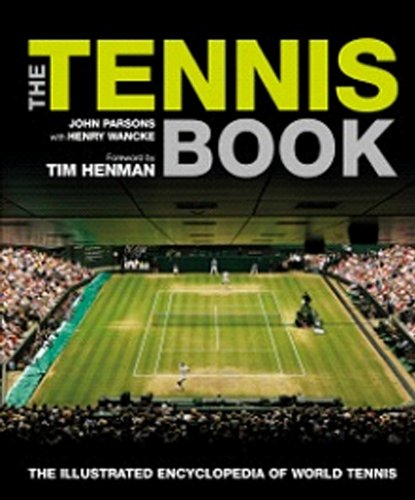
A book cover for The Tennis Book: The Illustrated Encyclopedia of World Tennis; John Parsons; Reference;